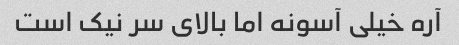
آره خیلی آسونه اما بالای سر نیک است